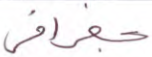
جغرافي